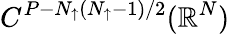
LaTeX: C^{P-N_{\uparrow}(N_{\uparrow}-1)/2}(\mathbb{R}^{N})